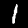
Label: 1